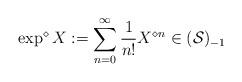
LaTeX: \begin{align*} \exp^{\diamond}X :=\sum_{n=0}^{\infty}\frac{1}{n!}X^{\diamond n} \in (\mathcal{S})_{-1} \end{align*}